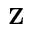
\mathbf { Z }